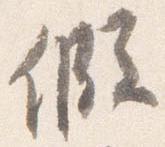
仮